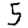
Digit: 5